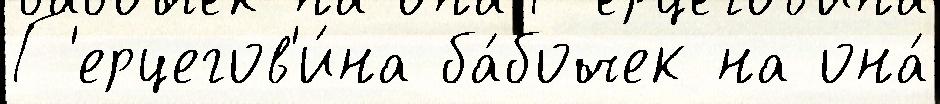
Г'ерцегов'и́на ба́бочек на она́